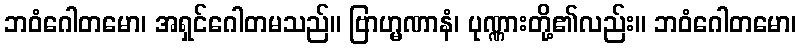
ဘဝံဂေါတမော၊ အရှင်ဂေါတမသည်။ ဗြာဟ္မဏာနံ၊ ပုဏ္ဏားတို့၏လည်း။ ဘဝံဂေါတမော၊